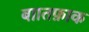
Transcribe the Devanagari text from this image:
बाातफ़ाक